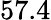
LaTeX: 57.4